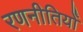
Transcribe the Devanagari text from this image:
रणनीतियोँ